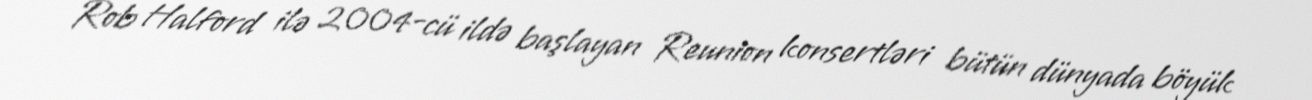
Rob Halford ilə 2004-cü ildə başlayan Reunion konsertləri bütün dünyada böyük